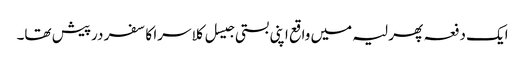
ایک دفعہ پھر لیہ میں واقع اپنی بستی جیسل کلاسرا کا سفر درپیش تھا۔